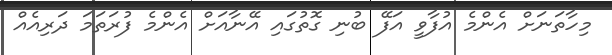
މިހާތަނަށް އެންމެ އުފާވީ އަފޭ ބުނި ގޮތުގައި އޭނާއަށް އެންމެ ފުރަތަމަ ދަރިއެއް